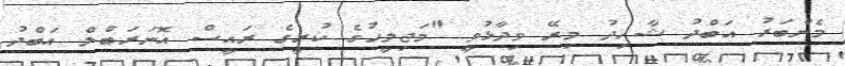
މެންބަރު އަބްދު ޝާހިދު މިރޭ ވިދާޅުވީ "މަޖިލީހުގެ ކުރީގެ ރައީސް އޮނަރަބްލް އަބްދު